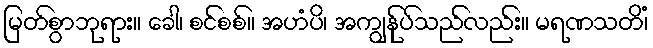
မြတ်စွာဘုရား။ ခေါ၊ စင်စစ်။ အဟံပိ၊ အကျွန်ုပ်သည်လည်း။ မရဏသတိံ၊